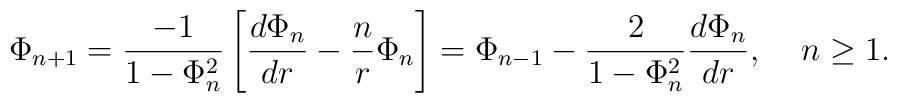
\Phi_{n+1} = \frac{-1}{1 - \Phi_n^2} \left[ \frac{d \Phi_n}{dr} -\frac{n}{r} \Phi_n \right] = \Phi_{n-1} - \frac{2}{1 - \Phi_n^2}\frac{d \Phi_n}{dr},\;\;\;\;n \geq 1.